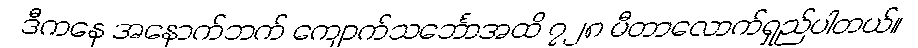
ဒီကနေ အနောက်ဘက် ကျောက်သင်္ဘောအထိ ၇၂၈ မီတာလောက်ရှည်ပါတယ်။